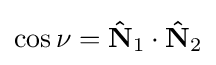
\cos \nu ={\mathbf {\hat {N}} _{1}}\cdot {\mathbf {\hat {N}} _{2}}